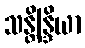
သန္တိန္ဒြိယာ